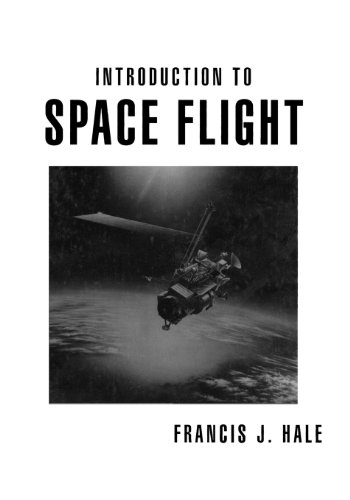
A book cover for Introduction to Space Flight; Francis J. Hale; Engineering & Transportation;